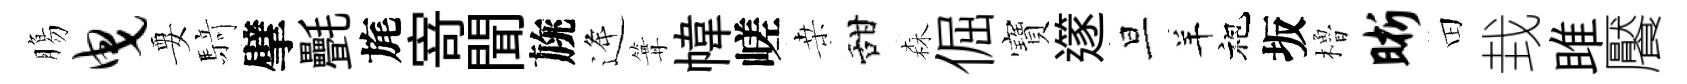
膓曳要𮪍擘㲲旄𭔃聞旐逄篝幃嵯桒甜森倔寶𨗹旦羊袍坂櫓晰田㘽雎饜